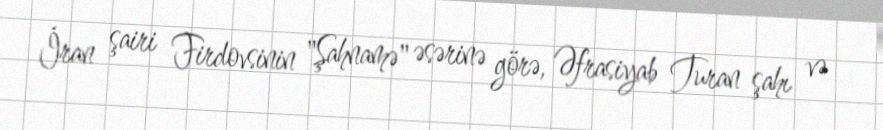
İran şairi Firdovsinin "Şahnamə" əsərinə görə, Əfrasiyab Turan şahı və